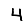
Digit: 4